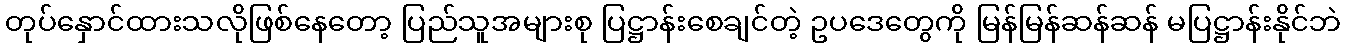
တုပ်နှောင်ထားသလိုဖြစ်နေတော့ ပြည်သူအများစု ပြဋ္ဌာန်းစေချင်တဲ့ ဥပဒေတွေကို မြန်မြန်ဆန်ဆန် မပြဋ္ဌာန်းနိုင်ဘဲ